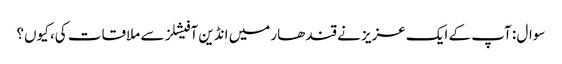
سوال : آپ کے ایک عزیز نے قندھار میں انڈین آفیشلز سے ملاقات کی، کیوں؟